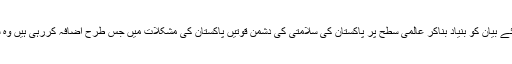
ایران میں دیے گئے بیان کو بنیاد بناکر عالمی سطح پر پاکستان کی سلامتی کی دشمن قوتیں پاکستان کی مشکلات میں جس طرح اضافہ کررہی ہیں وہ سب پر عیاں ہے۔